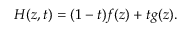
H ( z , t ) = ( 1 - t ) f ( z ) + t g ( z ) .